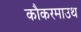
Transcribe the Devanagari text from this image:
कौकरमाउथ